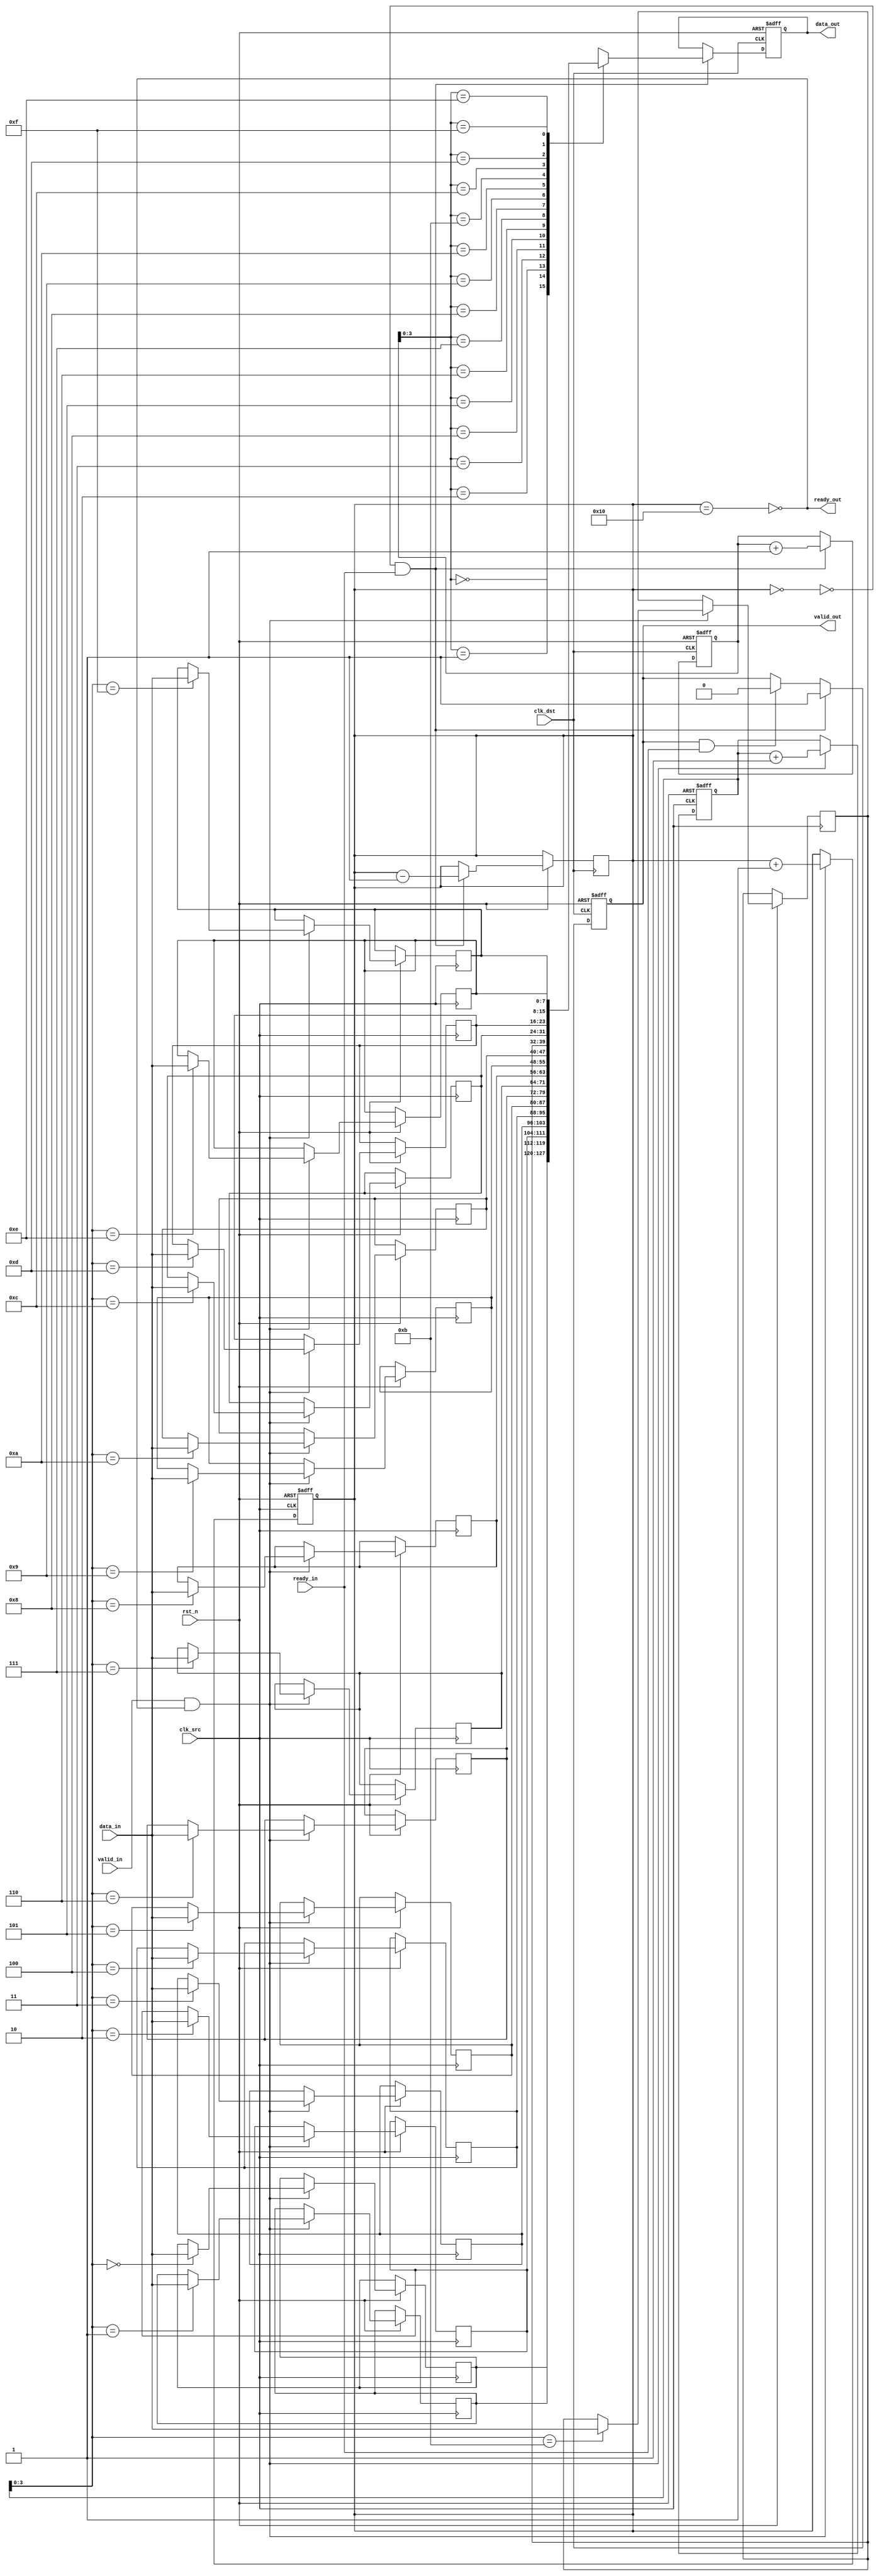
module MemoryBlocksPipelineSynchronizer #(
    parameter DATA_WIDTH = 8,
    parameter FIFO_DEPTH = 16
)(
    input wire clk_src,               // Source clock
    input wire clk_dst,               // Destination clock
    input wire rst_n,                 // Active low reset
    input wire [DATA_WIDTH-1:0] data_in, // Data input from upstream
    input wire valid_in,              // Valid signal for input data
    output wire ready_out,            // Ready signal for input data
    output reg [DATA_WIDTH-1:0] data_out, // Data output to downstream
    output reg valid_out,             // Valid signal for output data
    input wire ready_in                // Ready signal from downstream
);

    // FIFO buffer and pointers
    reg [DATA_WIDTH-1:0] fifo [0:FIFO_DEPTH-1];
    reg [4:0] wr_ptr; // Write pointer
    reg [4:0] rd_ptr; // Read pointer
    reg [4:0] fifo_count; // Number of items in FIFO

    // Full and empty flags
    wire fifo_full = (fifo_count == FIFO_DEPTH);
    wire fifo_empty = (fifo_count == 0);

    // Write logic (source clock domain)
    always @(posedge clk_src or negedge rst_n) begin
        if (!rst_n) begin
            wr_ptr <= 0;
            fifo_count <= 0;
        end else if (valid_in && !fifo_full) begin
            fifo[wr_ptr] <= data_in;
            wr_ptr <= wr_ptr + 1;
            fifo_count <= fifo_count + 1;
        end
    end

    // Read logic (destination clock domain)
    always @(posedge clk_dst or negedge rst_n) begin
        if (!rst_n) begin
            rd_ptr <= 0;
            valid_out <= 0;
            data_out <= 0;
        end else if (!fifo_empty && ready_in) begin
            data_out <= fifo[rd_ptr];
            valid_out <= 1;
            rd_ptr <= rd_ptr + 1;
            fifo_count <= fifo_count - 1;
        end else if (valid_out && ready_in) begin
            valid_out <= 0; // Clear valid signal when downstream is ready
        end
    end

    // Ready signal logic
    assign ready_out = !fifo_full;

endmodule